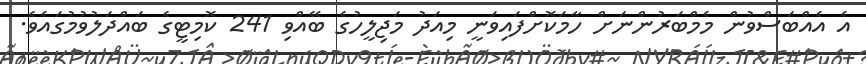
އެ އެއްބަސްވުން މެމްބަރުންނަށް ހާމަކޮށްފައިވަނީ މިއަދު މަޖިލީހުގެ ބޭއްވި 241 ކޮމިޓީގެ ބައްދަލުވުމުގައެވެ.